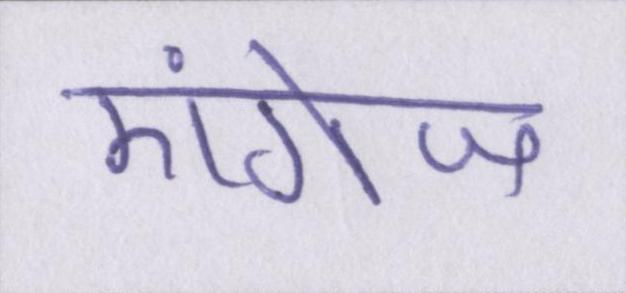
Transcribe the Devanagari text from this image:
एंगेज